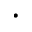
\cdot